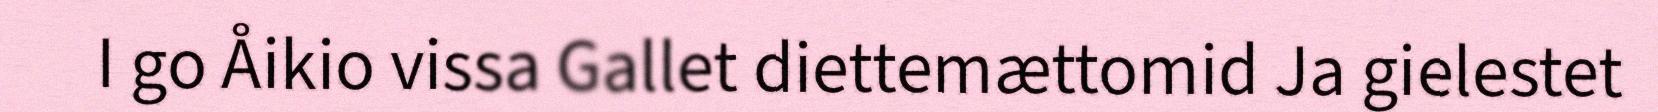
I go Åikio vissa Gallet diettemættomid Ja gielestet